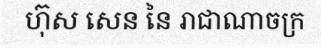
ហ៊ុស សេន នៃ រាជាណាចក្រ